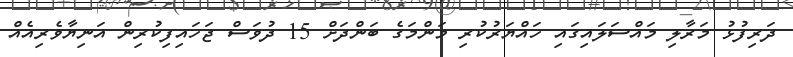
ދަރިފުޅު މަރާލި މައްސަލައިގައި ހައްޔަރުކުރި މަންމަގެ ބަންދަށް 15 ދުވަސް ޖަހައިފިކުރިން އަނިޔާވެރިއެއް